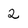
Character: 2